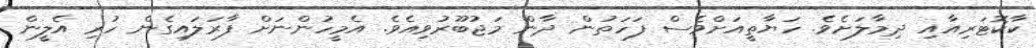
ކާކޮޓަރިއާއި ދިމާލަށެވެ. ހަޔާތީއަށްވެސް ފަހަތުން ދާން މަޖުބޫރުވިއެވެ. އެމީހުންނަށް ފާރަލައިގެން ހުރި އެލީން